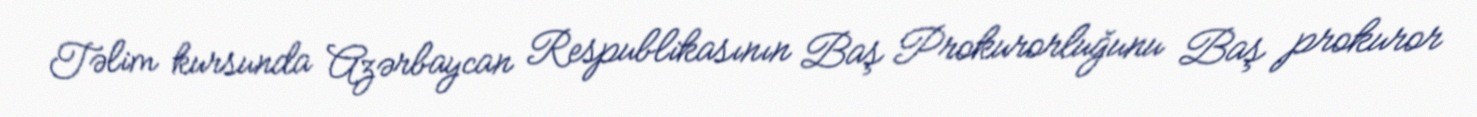
Təlim kursunda Azərbaycan Respublikasının Baş Prokurorluğunu Baş prokuror